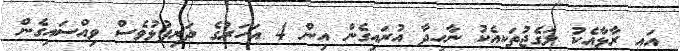
އައި ރާޅާއެކު ލަގެޖުތަކއެކު ނާހިދާ އުރައިގެން އިން 4 އަހަރުގެ ދަރިފުޅުވެސް ވިއްސައިގެން